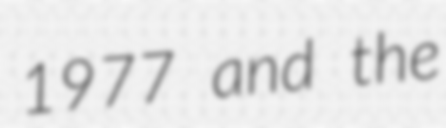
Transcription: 1977 and the